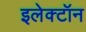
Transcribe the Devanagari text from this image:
इलेक्‍टॉन